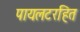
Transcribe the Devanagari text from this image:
पायलटरहित